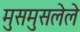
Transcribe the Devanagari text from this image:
मुसमुसलेले